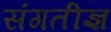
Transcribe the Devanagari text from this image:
संगतीज्ञ